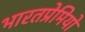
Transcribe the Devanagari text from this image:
भारतप्रेमियों